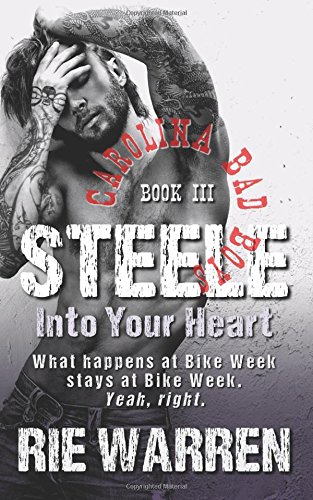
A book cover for Steele: Into Your Heart (Carolina Bad Boys) (Volume 3); Rie Warren; Romance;